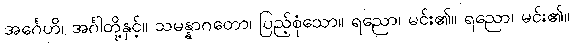
အင်္ဂေဟိ၊ အင်္ဂါတို့နှင့်။ သမန္နာဂတော၊ ပြည့်စုံသော။ ရညော၊ မင်း၏။ ရညော၊ မင်း၏။